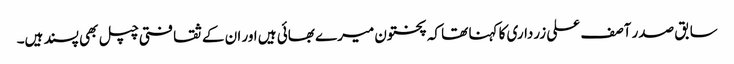
سابق صدر آصف علی زرداری کا کہنا تھا کہ پختون میرے بھائی ہیں اور ان کے ثقافتی چپل بھی پسند ہیں۔